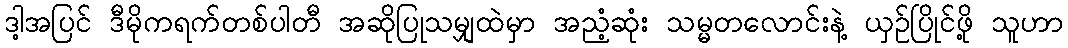
ဒါ့အပြင် ဒီမိုကရက်တစ်ပါတီ အဆိုပြုသမျှထဲမှာ အညံ့ဆုံး သမ္မတလောင်းနဲ့ ယှဉ်ပြိုင်ဖို့ သူဟာ